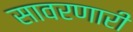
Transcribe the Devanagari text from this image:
सावरणारी